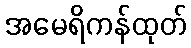
အမေရိကန်ထုတ်